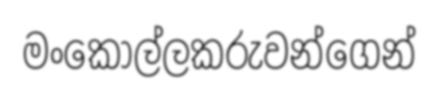
මංකොල්ලකරුවන්ගෙන්